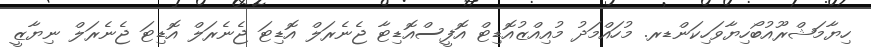
ހިޔާމަޝްރޫއުބޯހިޔާވަހިކަންޑރ. މުހައްމަދު މުއިއްޒުއޮޑިޓް އޮފީސްއޮޑިޓާ ޖެނެރަލް އޮޑިޓަ ޖެނެރަލް އޮޑިޓަ ޖެނެރަލް ނިޔާޒީ